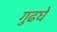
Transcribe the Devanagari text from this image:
गुढघे